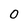
Character: 0